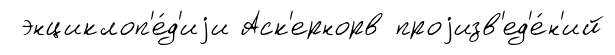
энциклоп'е́д'иjи Аск'ернорв проjизв'ед'е́н'ий